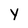
Character: y